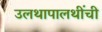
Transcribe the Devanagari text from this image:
उलथापालथींची